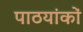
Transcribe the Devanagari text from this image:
पाठयांकों